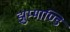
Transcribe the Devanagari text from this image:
झुम्माण्डि